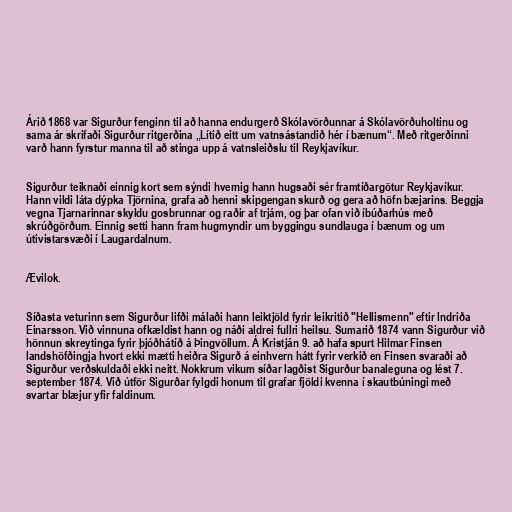
Árið 1868 var Sigurður fenginn til að hanna endurgerð Skólavörðunnar á Skólavörðuholtinu og
sama ár skrifaði Sigurður ritgerðina „Lítið eitt um vatnsástandið hér í bænum“. Með ritgerðinni
varð hann fyrstur manna til að stinga upp á vatnsleiðslu til Reykjavíkur.

Sigurður teiknaði einnig kort sem sýndi hvernig hann hugsaði sér framtíðargötur Reykjavíkur.
Hann vildi láta dýpka Tjörnina, grafa að henni skipgengan skurð og gera að höfn bæjarins. Beggja
vegna Tjarnarinnar skyldu gosbrunnar og raðir af trjám, og þar ofan við íbúðarhús með
skrúðgörðum. Einnig setti hann fram hugmyndir um byggingu sundlauga í bænum og um
útivistarsvæði í Laugardalnum.

Ævilok.

Síðasta veturinn sem Sigurður lifði málaði hann leiktjöld fyrir leikritið "Hellismenn" eftir Indriða
Einarsson. Við vinnuna ofkældist hann og náði aldrei fullri heilsu. Sumarið 1874 vann Sigurður við
hönnun skreytinga fyrir þjóðhátíð á Þingvöllum. Á Kristján 9. að hafa spurt Hilmar Finsen
landshöfðingja hvort ekki mætti heiðra Sigurð á einhvern hátt fyrir verkið en Finsen svaraði að
Sigurður verðskuldaði ekki neitt. Nokkrum vikum síðar lagðist Sigurður banaleguna og lést 7.
september 1874. Við útför Sigurðar fylgdi honum til grafar fjöldi kvenna í skautbúningi með
svartar blæjur yfir faldinum.